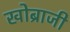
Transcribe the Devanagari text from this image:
खोब्राजी